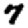
Digit: 7